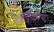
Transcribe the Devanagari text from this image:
वर्तुळीय